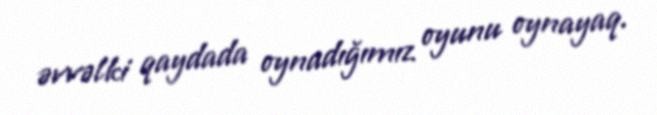
əvvəlki qaydada oynadığımız oyunu oynayaq.